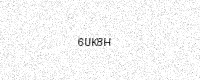
Text: 6UK8H